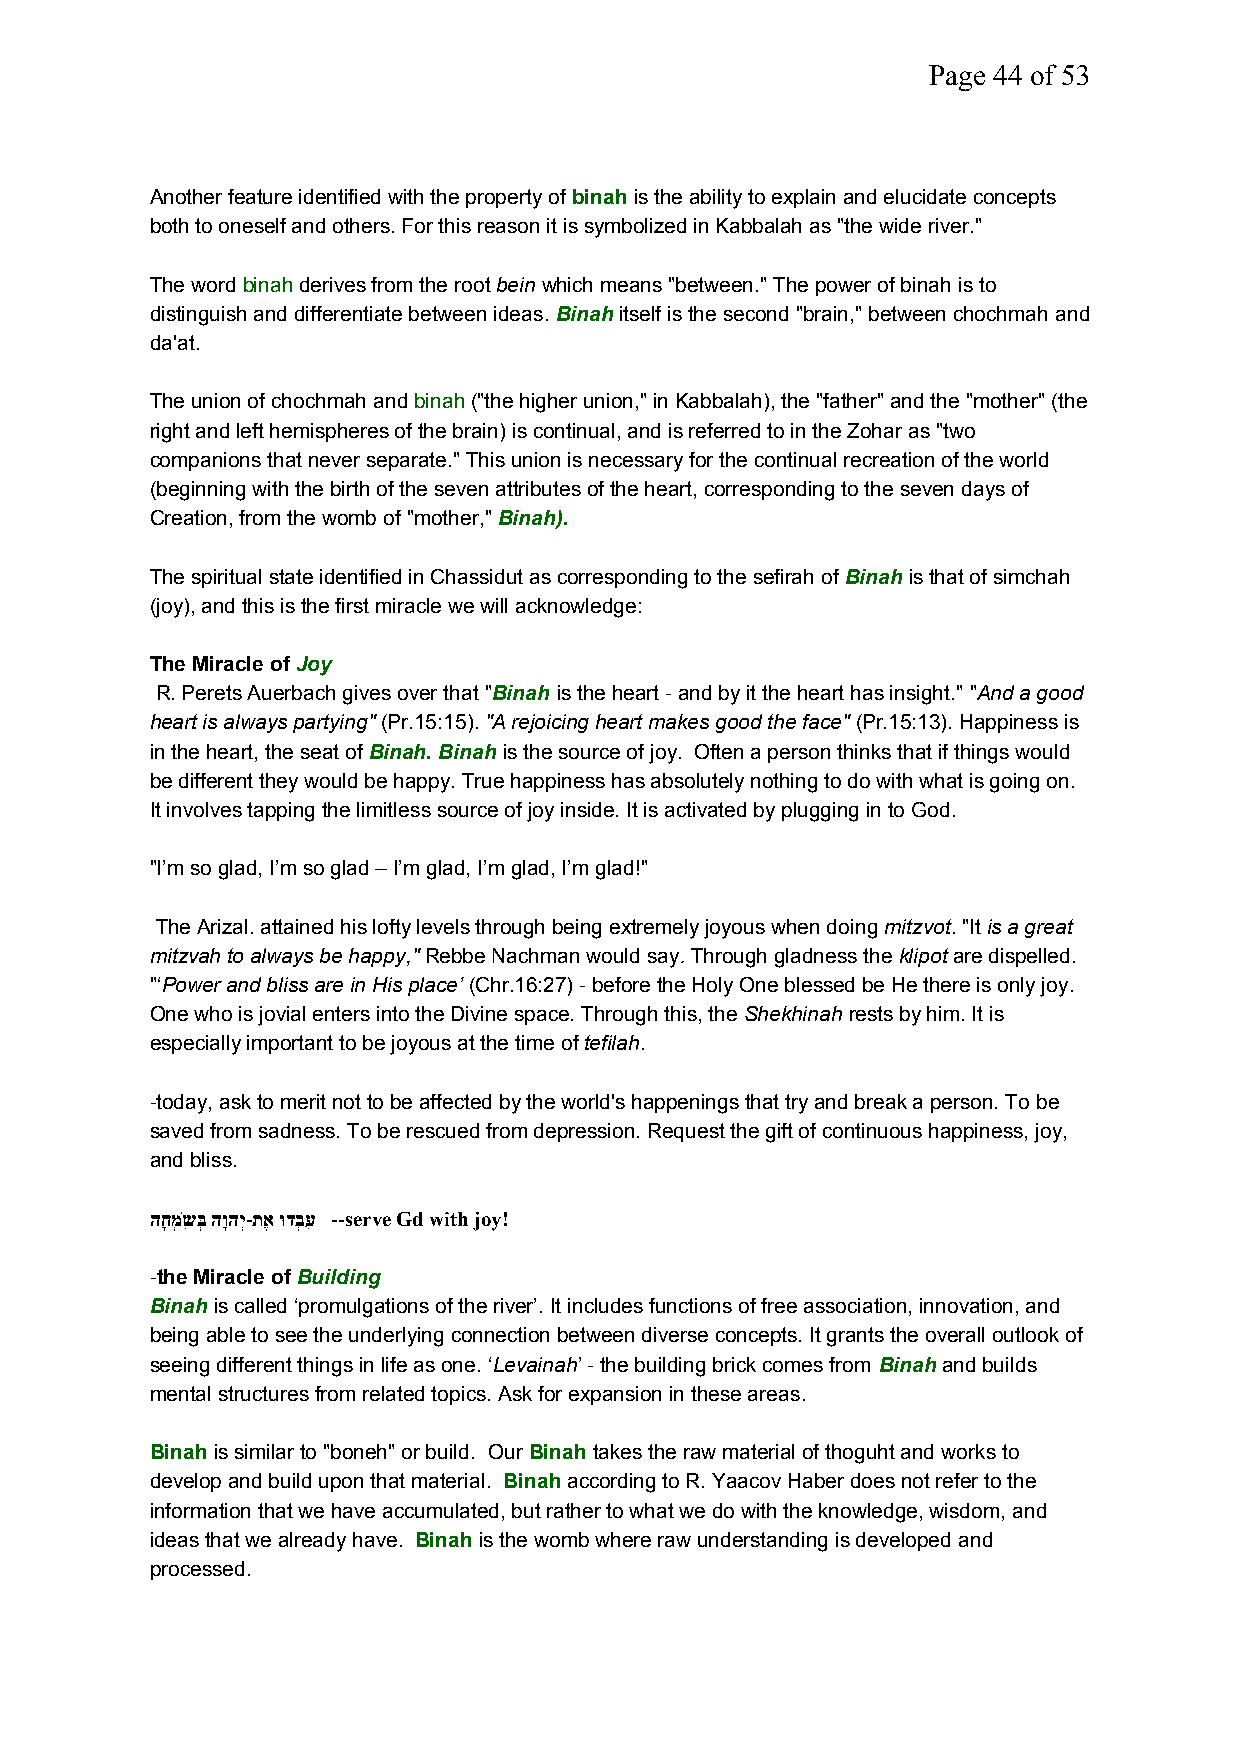
Page 44 of 53
 Another feature identified with the property ofbinah is the ability to explain and elucidate concepts
 both to oneself and others. For this reason it is symbolized in Kabbalah as "the wide river."
 The wordbinahderives from the rootbeinwhich means "between." The power of binah is to
 distinguish and differentiate between ideas.Binahitself is the second "brain," between chochmah and
 da'at.
 The union of chochmah andbinah("the higher union," in Kabbalah), the "father" and the "mother" (the
 right and left hemispheres of the brain) is continual, and is referred to in the Zohar as "two
 companions that never separate." This union is necessary for the continual recreation of the world
 (beginning with the birth of the seven attributes of the heart, corresponding to the seven days of
 Creation, from the womb of "mother,"Binah).
 The spiritual state identified in Chassidut as corresponding to the sefirah of Binahis that of simchah
 (joy), and this is the first miracle we will acknowledge:
 The Miracle ofJoy
 R. Perets Auerbach gives over that "Binah is the heart - and by it the heart has insight." "And a good
 heart is always partying"(Pr.15:15)."A rejoicing heart makes good the face"(Pr.15:13). Happiness is
 in the heart, the seat ofBinah. Binah is the source of joy. Often a person thinks that if things would
 be different they would be happy. True happiness has absolutely nothing to do with what is going on.
 It involves tapping the limitless source of joy inside. It is activated by plugging in to God.
 "I’m so glad, I’m so glad – I’m glad, I’m glad, I’m glad!"
 The Arizal. attained his lofty levels through being extremely joyous when doing mitzvot. "Itis a great
 mitzvah to always be happy,"Rebbe Nachman would say.Through gladness theklipotare dispelled.
 "‘Power and bliss are in His place’(Chr.16:27) - before the Holy One blessed be He there is only joy.
 One who is jovial enters into the Divine space. Through this, the Shekhinahrests by him. It is
 especially important to be joyous at the time oftefilah.
 -today, ask to merit not to be affected by the world's happenings that try and break a person. To be
 saved from sadness. To be rescued from depression. Request the gift of continuous happiness, joy,
 and bliss.
 החָמְשִׂ בְּ הוָהיְ-תאֶ וּדבְעִ --serve Gd with joy!
 -the Miracle ofBuilding
 Binahis called ‘promulgations of the river’. It includes functions of free association, innovation, and
 being able to see the underlying connection between diverse concepts. It grants the overall outlook of
 seeing different things in life as one. ‘Levainah’ - the building brick comes from Binahand builds
 mental structures from related topics. Ask for expansion in these areas.
 Binahis similar to "boneh" or build. OurBinah takes the raw material of thoguht and works to
 develop and build upon that material. Binahaccording to R. Yaacov Haber does not refer to the
 information that we have accumulated, but rather to what we do with the knowledge, wisdom, and
 ideas that we already have. Binahis the womb where raw understanding is developed and
 processed.